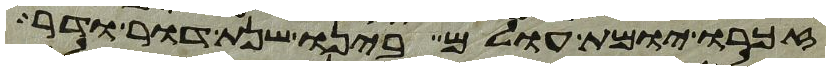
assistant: זכרו יומת עולם בינו שנת דור ודר